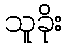
သူခိုး